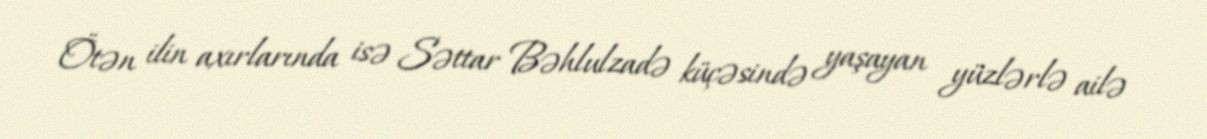
Ötən ilin axırlarında isə Səttar Bəhlulzadə küçəsində yaşayan yüzlərlə ailə